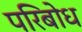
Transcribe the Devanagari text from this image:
परिबोध